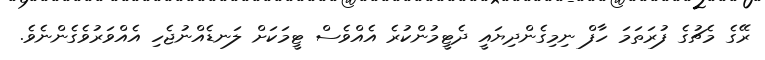
ރޭގެ މެޗުގެ ފުރަތަމަ ހާފް ނިމިގެންދިޔައީ ދެޓީމުންކުރެ އެއްވެސް ޓީމަކަށް ލަނޑެއްނުޖެހި އެއްވަރުވެގެންނެވެ.